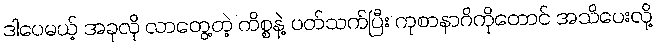
ဒါပေမယ့် အခုလို လာတွေ့တဲ့ ကိစ္စနဲ့ ပတ်သက်ပြီး ကုစာနာဂိကိုတောင် အသိပေးလို့